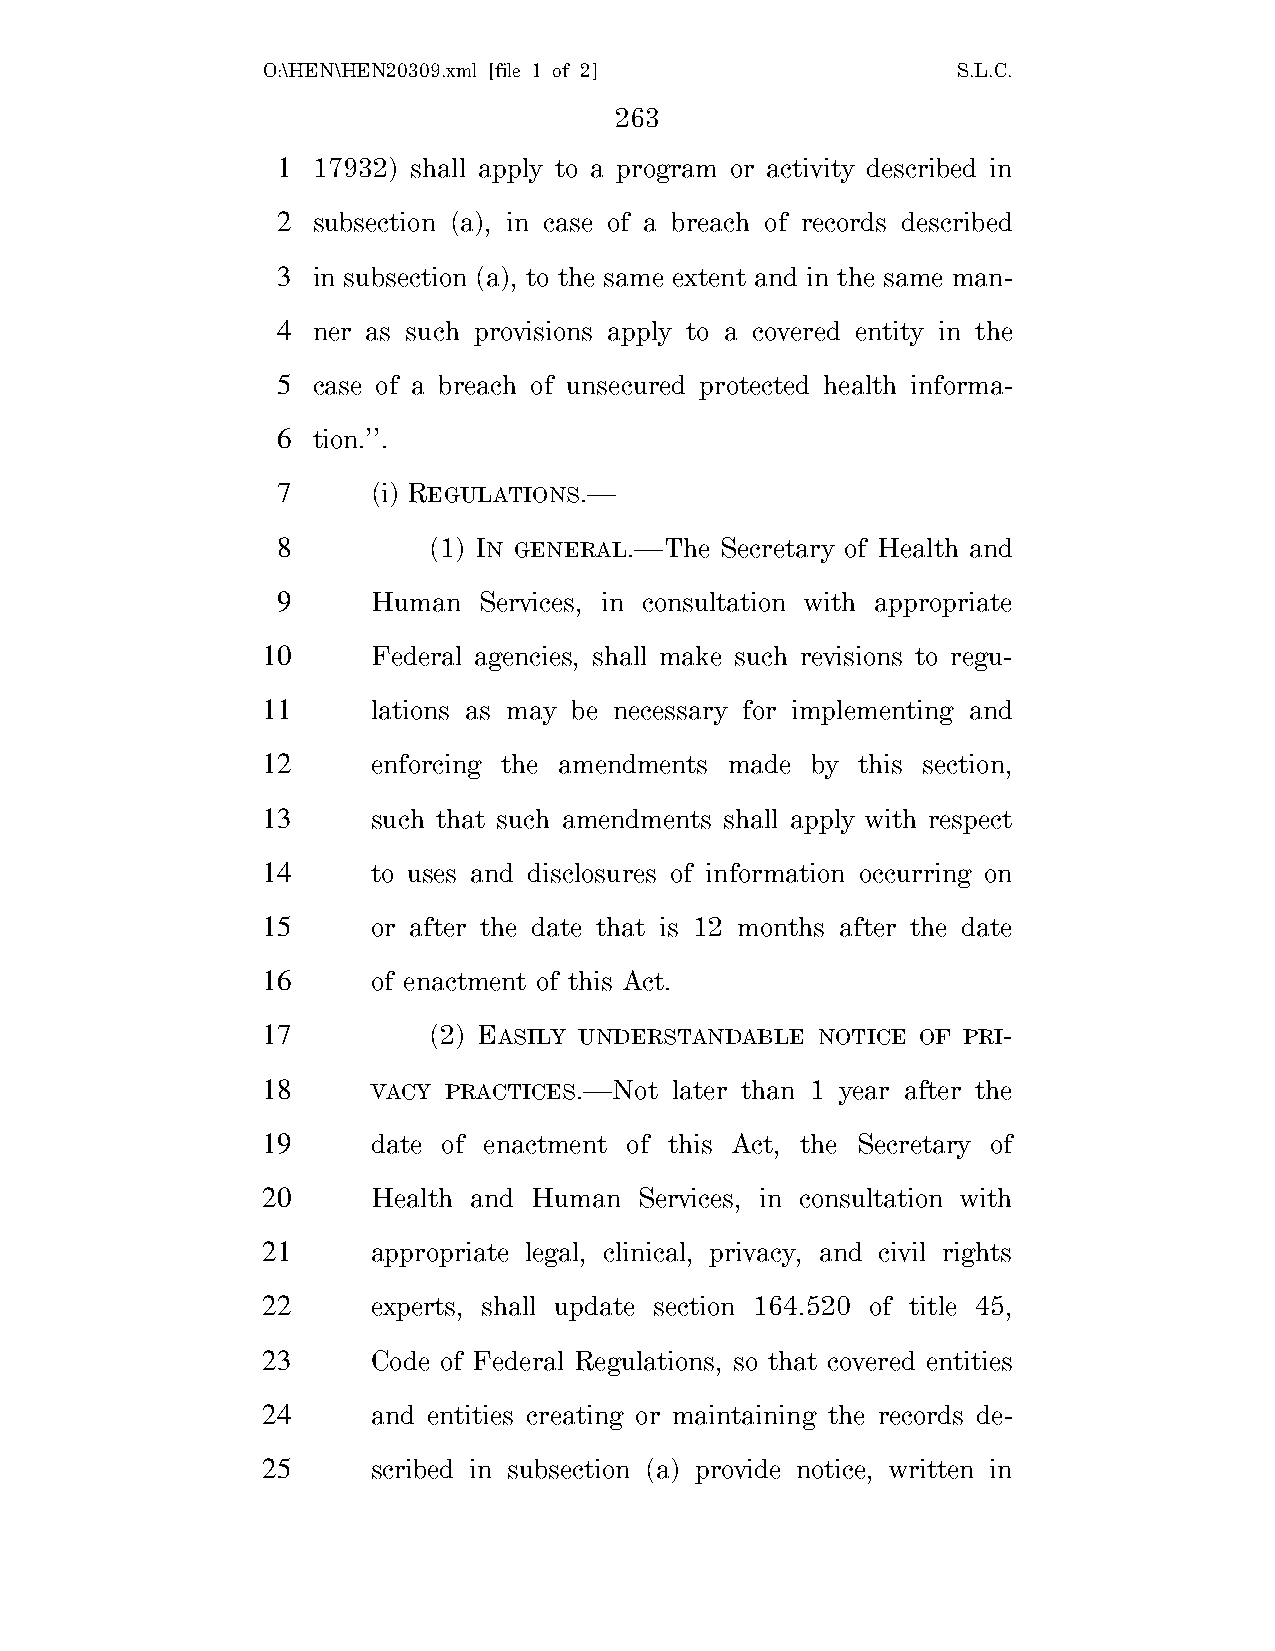
O:\HEN\HEN20309.xml [file 1 of 2]             S.L.C.
 263
 1  17932) shall apply to a program or activity described in
 2  subsection (a), in case of a breach of records described
 3  in subsection (a), to the same extent and in the same man-
 4  ner as such provisions apply to a covered entity in the
 5  case of a breach of unsecured protected health informa-
 6  tion.’’.
 7      (i) REGULATIONS.—
 8         (1) IN GENERAL.—The Secretary of Health and
 9      Human  Services, in consultation with appropriate
 10      Federal agencies, shall make such revisions to regu-
 11      lations as may be necessary for implementing and
 12      enforcing the amendments made by this section,
 13      such that such amendments shall apply with respect
 14      to uses and disclosures of information occurring on
 15      or after the date that is 12 months after the date
 16      of enactment of this Act.
 17         (2) EASILY UNDERSTANDABLE NOTICE OF PRI-
 18      VACY PRACTICES.—Not later than 1 year after the
 19      date of enactment of this Act, the Secretary of
 20      Health and Human Services, in consultation with
 21      appropriate legal, clinical, privacy, and civil rights
 22      experts, shall update section 164.520 of title 45,
 23      Code of Federal Regulations, so that covered entities
 24      and entities creating or maintaining the records de-
 25      scribed in subsection (a) provide notice, written in